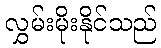
လွှမ်းမိုးနိုင်သည်